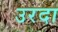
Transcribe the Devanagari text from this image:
उरदा